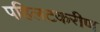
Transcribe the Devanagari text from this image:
पहिलटकरीण